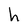
Character: h